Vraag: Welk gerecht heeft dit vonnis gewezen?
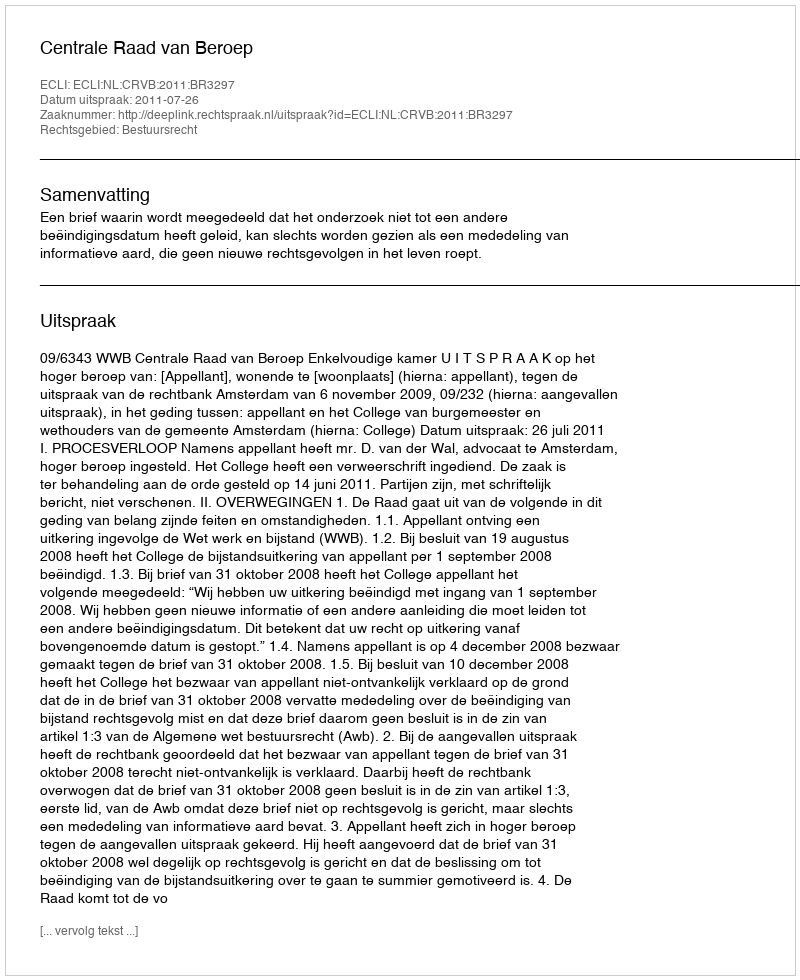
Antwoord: Centrale Raad van Beroep